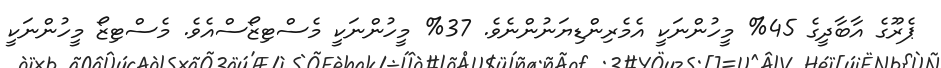
ޕެރޫގެ އާބާދީގެ 45% މީހުންނަކީ އެމެރިންޑިޔަނުންނެވެ. 37% މީހުންނަކީ މެސްޓިޒޯސްއެވެ. މެސްޓިޒޯ މީހުންނަކީ